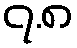
၇.၈